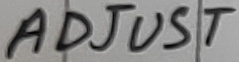
Text: ADJUST